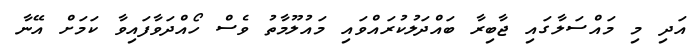
އަދި މި މައްސަލާގައި ޖާބިރާ ބައްދަލުކުރައްވައި މައުލޫމާތު ވެސް ހޯއްދަވާފައިވާ ކަމަށް އޭނާ